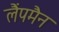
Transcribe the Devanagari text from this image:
लैंपमैन